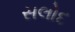
સલોદ